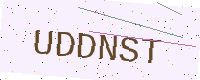
Text: UDDNST